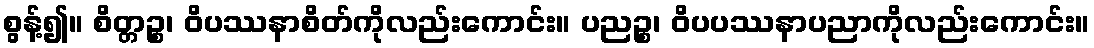
စွန့်၍။ စိတ္တဉ္စ၊ ဝိပဿနာစိတ်ကိုလည်းကောင်း။ ပညဉ္စ၊ ဝိပပဿနာပညာကိုလည်းကောင်း။